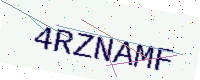
Text: 4RZNAMF